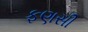
ફણસી